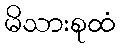
မိသားစုထံ